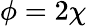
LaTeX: \phi=2\chi